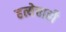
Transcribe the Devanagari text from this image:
हत्येचाही